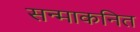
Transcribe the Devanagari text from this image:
सन्माकनित